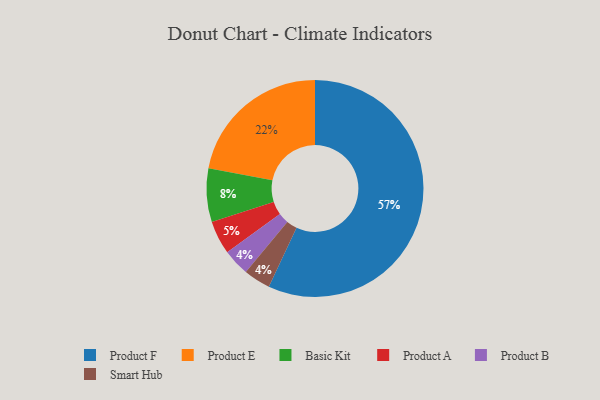
{"axis": {"x": "Category", "y": "Percentage"}, "legend": ["Basic Kit", "Product A", "Product B", "Product E", "Product F", "Smart Hub"], "data": [{"x": "Basic Kit", "y": 8, "type": "Basic Kit"}, {"x": "Product B", "y": 4, "type": "Product B"}, {"x": "Product E", "y": 22, "type": "Product E"}, {"x": "Product F", "y": 57, "type": "Product F"}, {"x": "Product A", "y": 5, "type": "Product A"}, {"x": "Smart Hub", "y": 4, "type": "Smart Hub"}]}